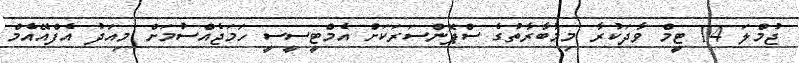
ޖުމްލަ 14 ޓީމް ވާދަކުރާ މިމުބާރާތުގެ ސްޕޮންސަރަކަށް އެމްޓީސީސީ ހަމަޖެއްސުމަށް މިއަދު އެފްއޭއެމް